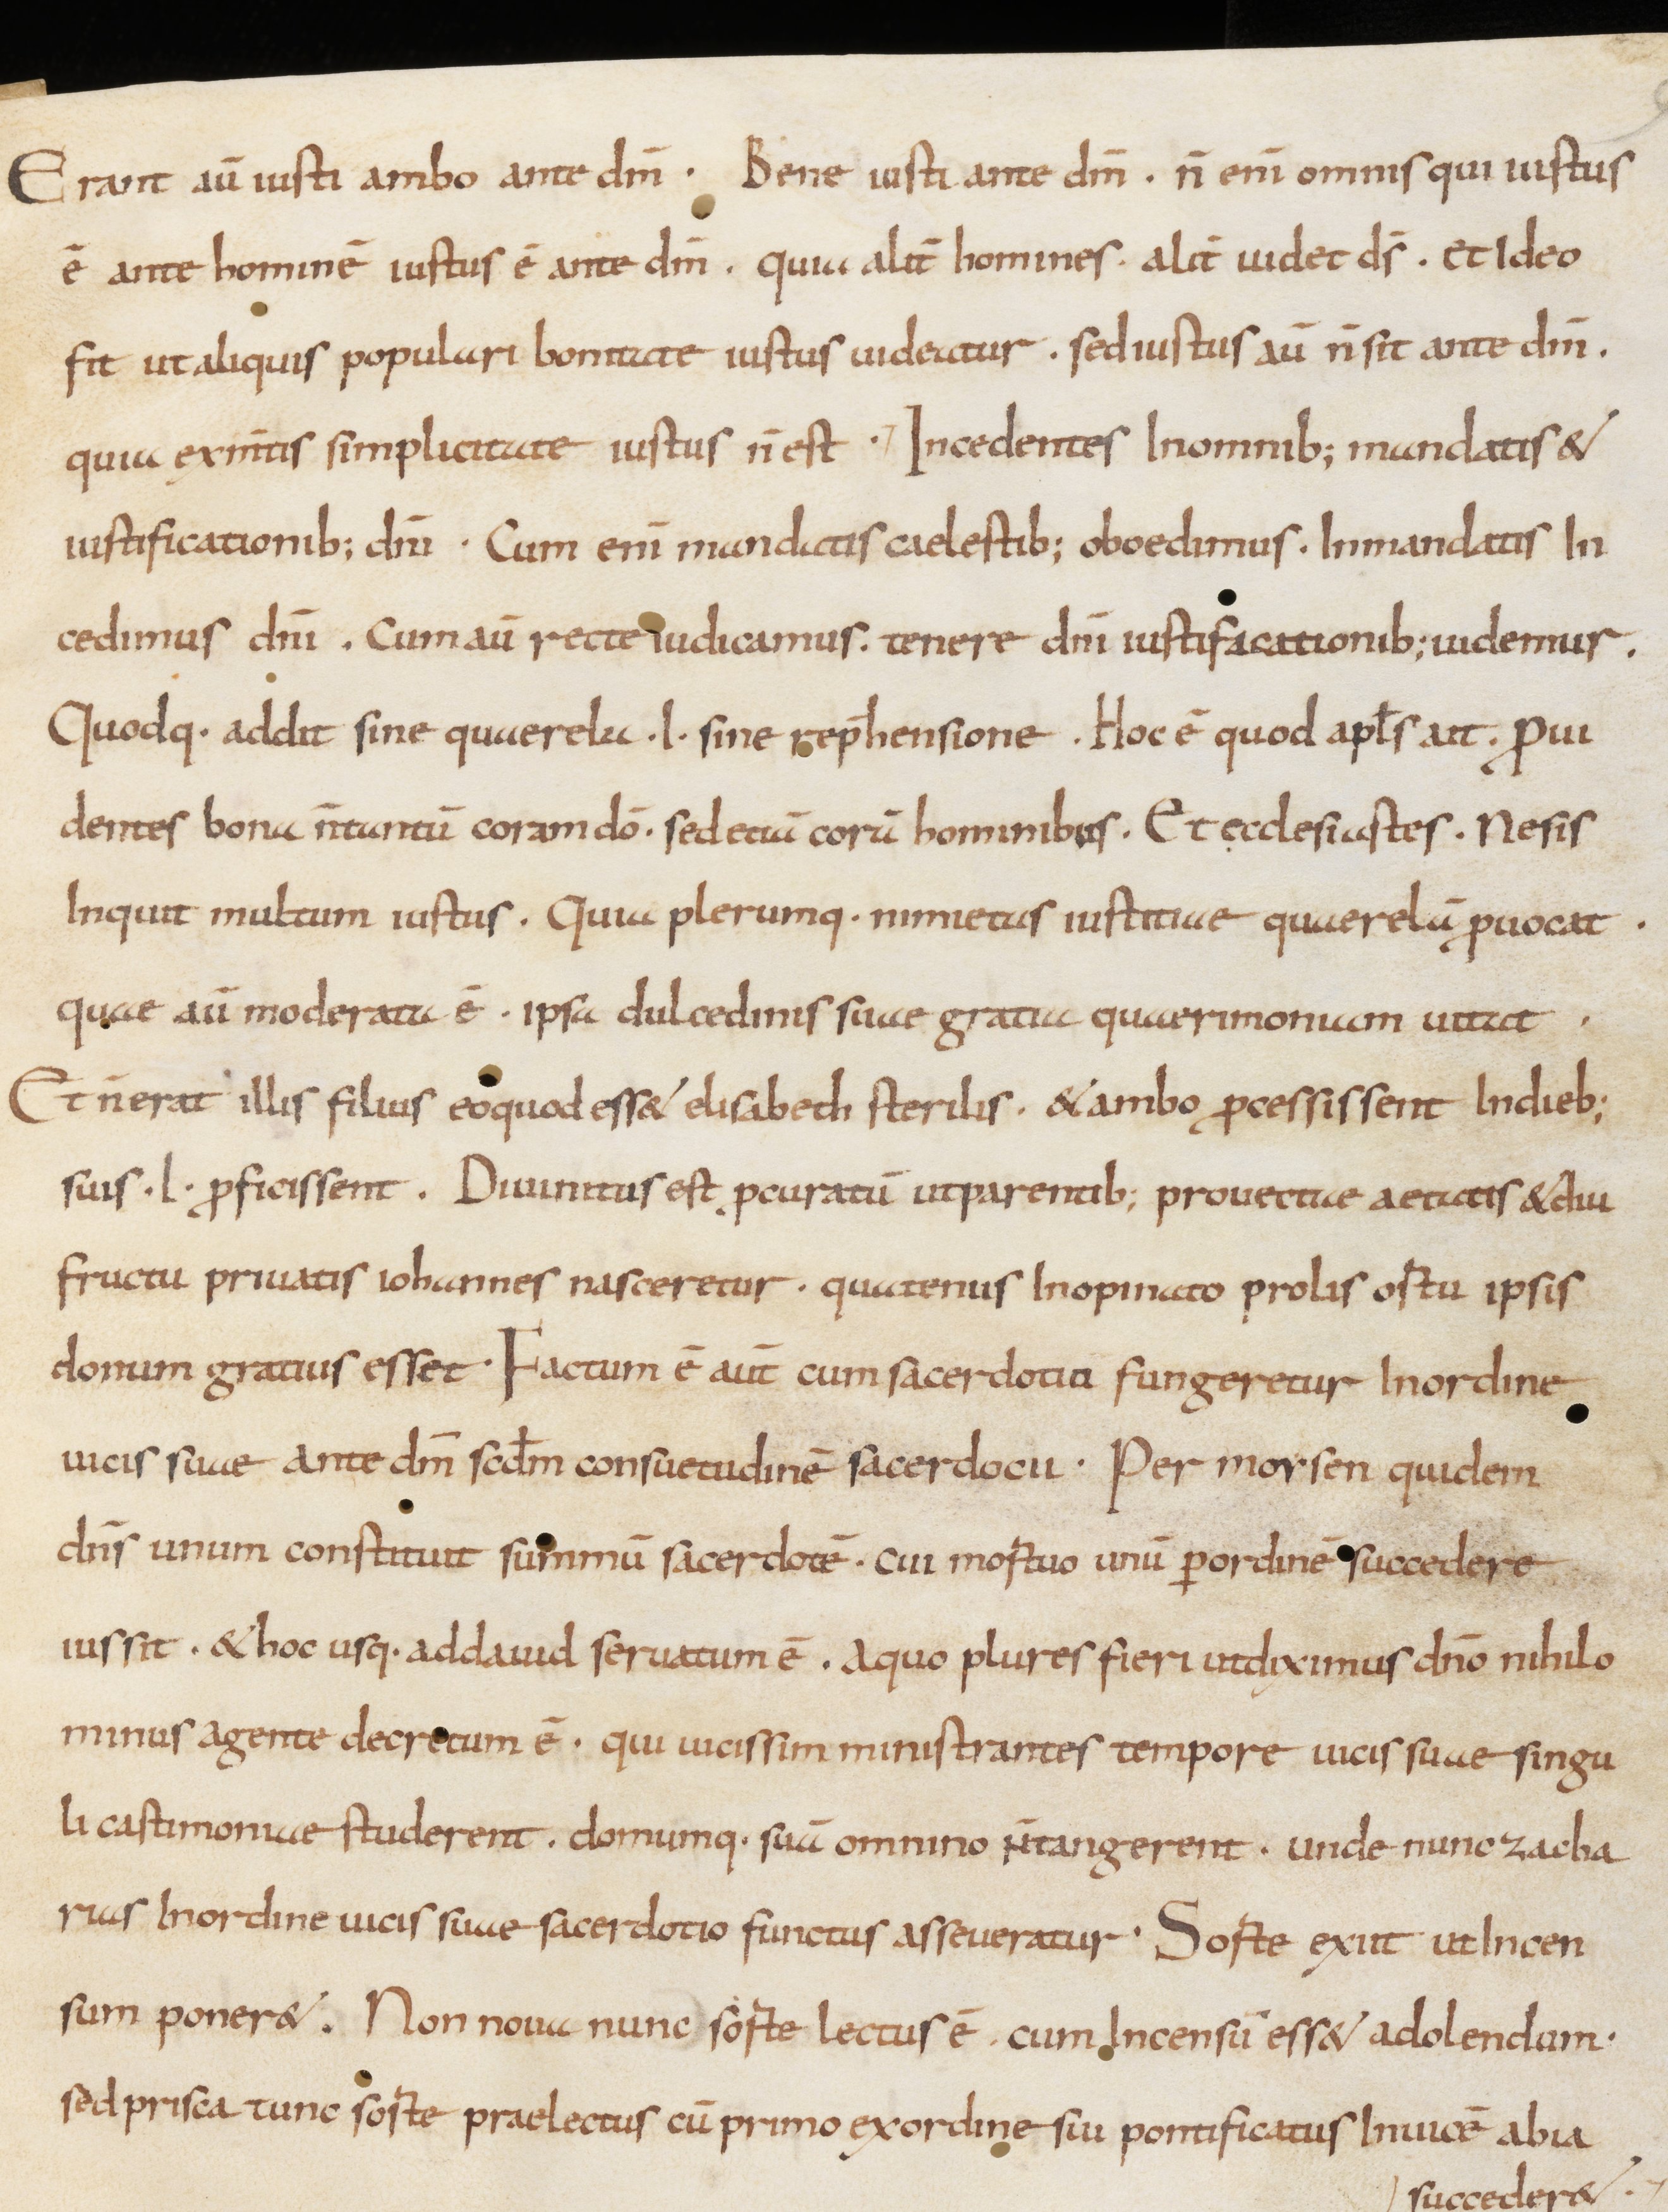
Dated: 800–1399